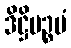
ဒိဋ္ဌိပဉ္စမံ